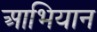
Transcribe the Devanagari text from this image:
आभियान